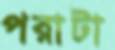
পরাটা